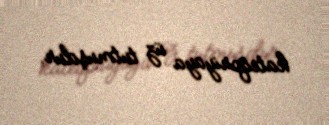
kateqoriyaya üz tutmuşdur.